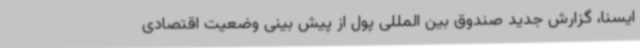
ایسنا، گزارش جدید صندوق بین المللی پول از پیش بینی وضعیت اقتصادی